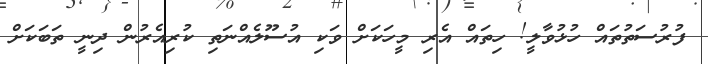
ފުރުސަތުތައް ހުޅުވާލީ! ހިތައް އެރި މީހަކަށް ވަކި އުސޫލެއްނަތި ކުރިއެރުން ދިނީ ތަބަކަށް